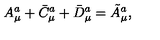
A _ { \mu } ^ { a } + \bar { C } _ { \mu } ^ { a } + \bar { D } _ { \mu } ^ { a } = \tilde { A } _ { \mu } ^ { a } ,